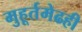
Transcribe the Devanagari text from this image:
मुहूर्तमेढही